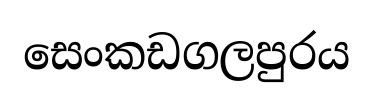
සෙංකඩගලපුරය